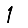
Digit: 1